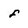
Character: f